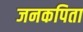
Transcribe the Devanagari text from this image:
जनकपिता